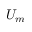
U _ { m }